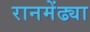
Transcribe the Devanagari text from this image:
रानमेंढ्या